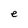
Character: e